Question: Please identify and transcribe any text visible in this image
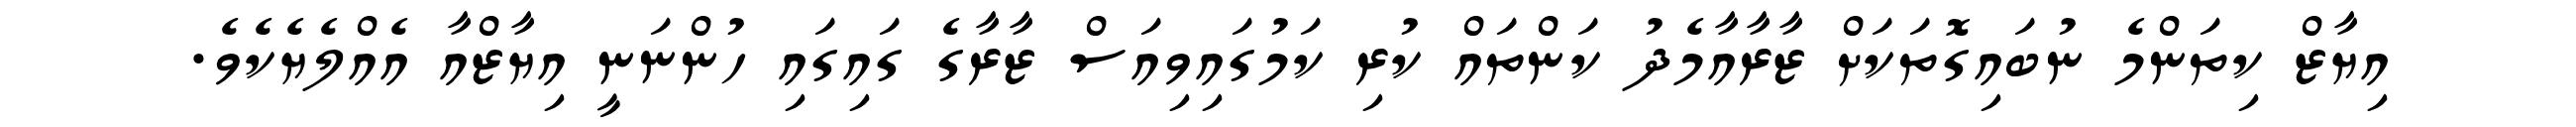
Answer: އިޔާޒް ކިތަންމެ ނުބައިގޮތަކަށް ޒާރާއާމެދު ކަންތައް ކުރި ކަމުގައިވިއަސް ޒާރާގެ ގައިގައި ހުންނަނީ އިޔާޒްއާ އެއްލެޔެކެވެ.